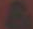
&